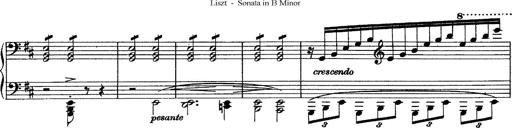
Title: Piano Sonata
Composer: Karl HÃ¤ssler
Key: C major